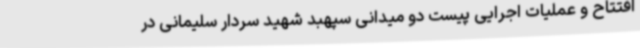
افتتاح و عملیات اجرایی پیست دو میدانی سپهبد شهید سردار سلیمانی در